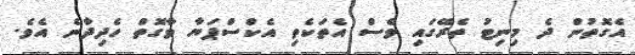
އެގޮތުން ދެ މިނިޓު ތެރޭގައި ވެސް އެތަކެތި އެކްސްޕަޔާ ވާގޮތް ހެދިދާނެ އެވެ.